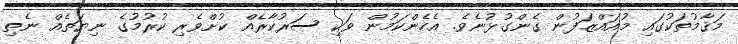
މަޤާމުތަކުގައި މުއައްޒަފުން ގެންގުޅުނެވެ. އެހެންކަމުން ވަކި ސަރުކާރެއް ކުށްވެރި ކުރުމުގެ ނިޔަތެއް ނެތި